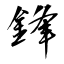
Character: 鋒